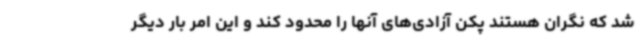
شد که نگران هستند پکن آزادی‌های آنها را محدود کند و این امر بار دیگر